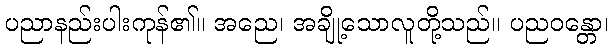
ပညာနည်းပါးကုန်၏။ အညေ၊ အချို့သောလူတို့သည်။ ပညဝန္တော၊